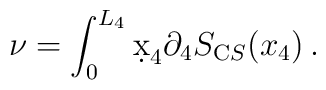
\nu = \int_0^{L_4} \d x_4 \partial_4 S_{\mathrm CS} (x_4) \, .